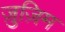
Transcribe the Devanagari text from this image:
ज़ुज़िम